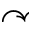
\curvearrowright